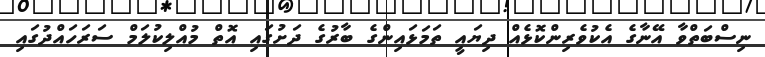
ނިސްބަތްވާ އޭނާގެ އެކުވެރިންކޮޅެއް ދިޔައީ ތަމަޅައިންގެ ބާރުގެ ދަށުގައި އޮތް މުއްލިކުލަމް ސަރަހައްދުގައި